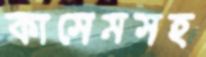
কাসেমসহ